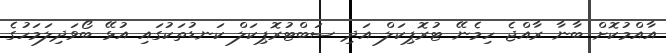
އާއްމުކޮށް ބާނާ ރާއްޖެ ހިމެނޭ ޓުރޮޕިކަލް އަދި ސަބްޓުރޮޕިކަލް ކަނޑުތަކުގައި އުޅޭ ބޯވަދިލަމަހުގެ